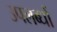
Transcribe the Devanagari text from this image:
उपलब्धों